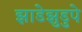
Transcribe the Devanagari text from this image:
झाडेझुडुपे